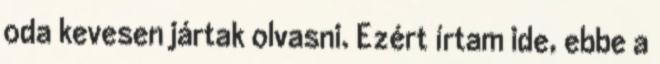
oda kevesen jártak olvasni. Ezért írtam ide, ebbe a